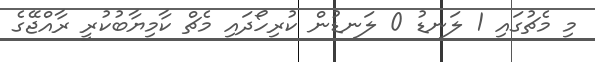
މި މެޗުގައި 1 ލަނޑު 0 ލަނޑުން ކުރިހޯދައި މެޗް ކާމިޔާބުކުރީ ރާއްޖޭގެ